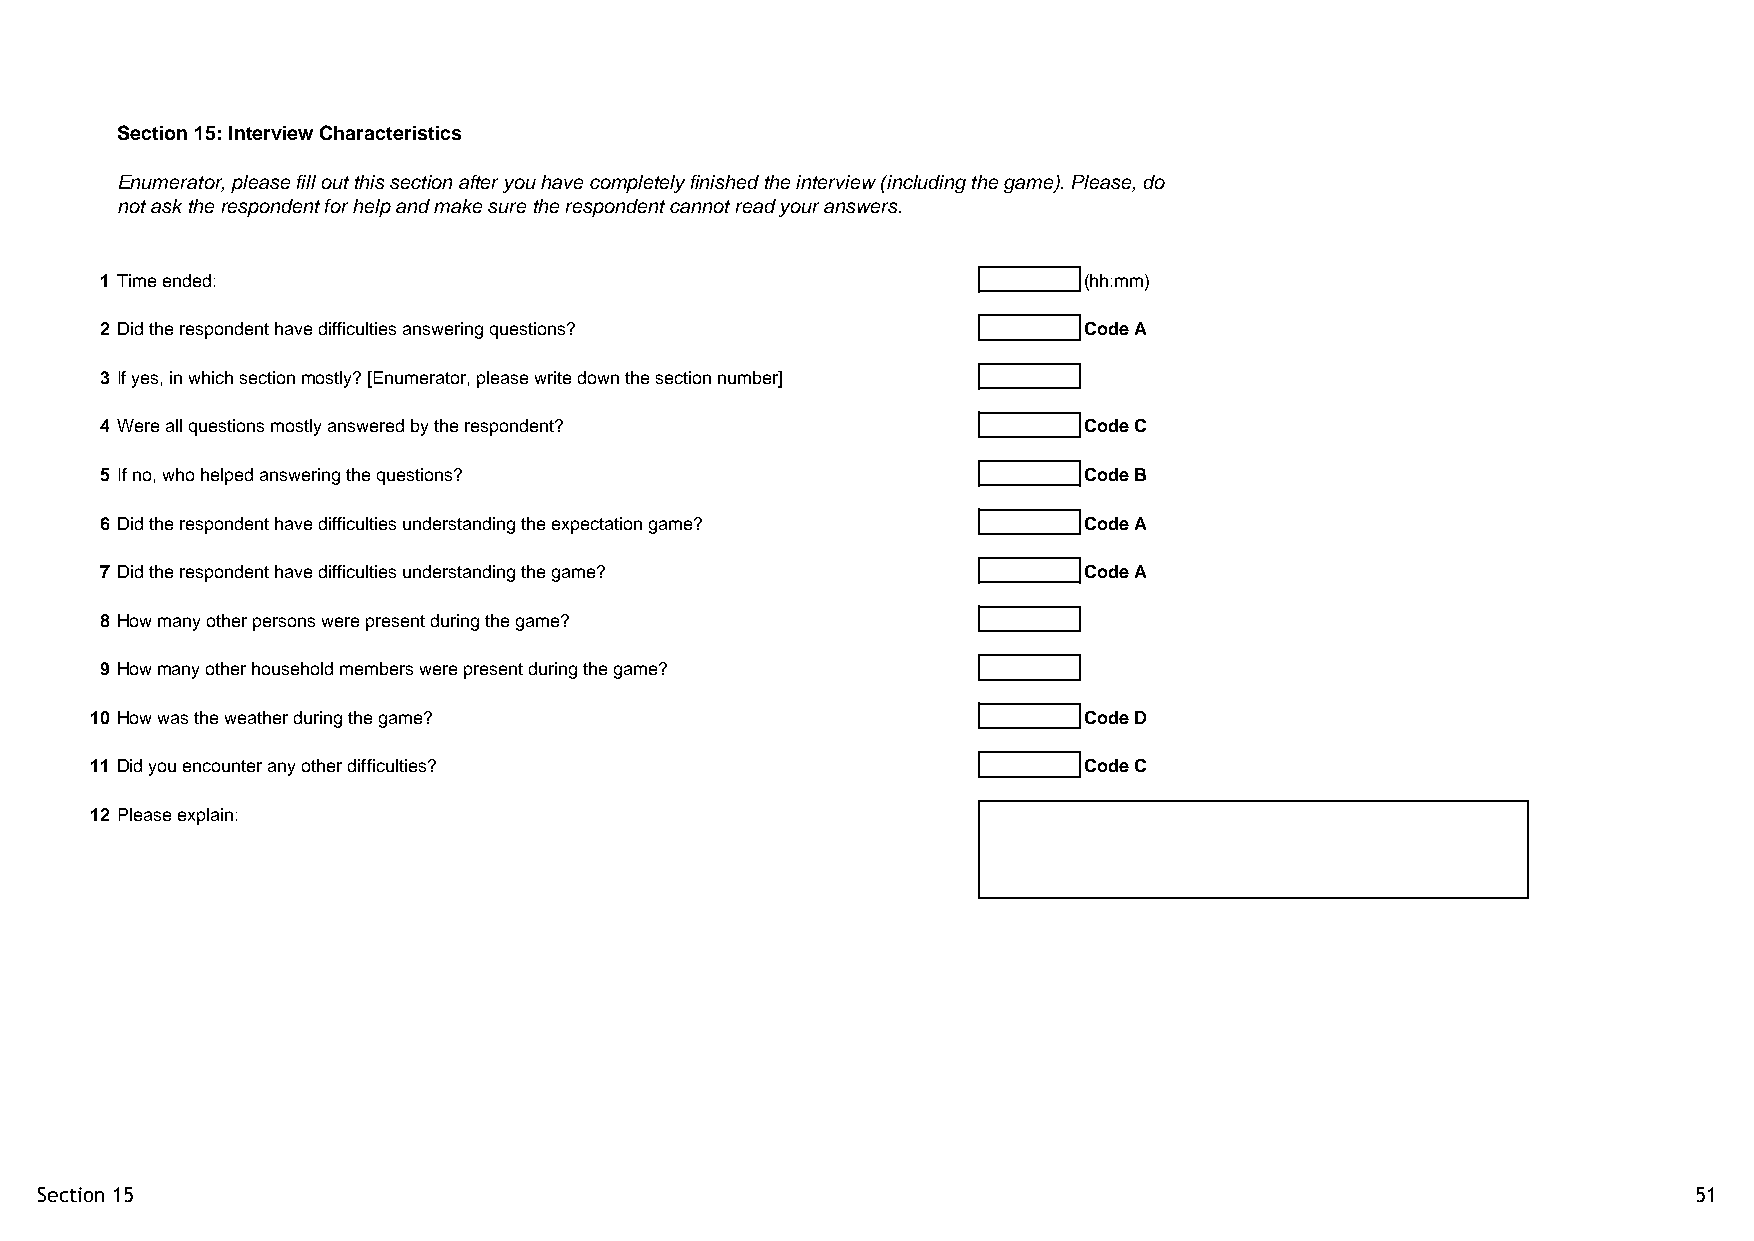
Section 15: Interview Characteristics
 Enumerator, please fill out this section after you have completely finished the interview (including the game). Please, do
 not ask the respondent for help and make sure the respondent cannot read your answers.
 1 Time ended:                                                    (hh:mm)
 2 Did the respondent have difficulties answering questions?      Code A
 3 If yes, in which section mostly? [Enumerator, please write down the section number]
 4 Were all questions mostly answered by the respondent?          Code C
 5 If no, who helped answering the questions?                     Code B
 6 Did the respondent have difficulties understanding the expectation game? Code A
 7 Did the respondent have difficulties understanding the game?   Code A
 8 How many other persons were present during the game?
 9 How many other household members were present during the game?
 10 How was the weather during the game?                           Code D
 11 Did you encounter any other difficulties?                      Code C
 12 Please explain:
 Section 15                                                                                                    51